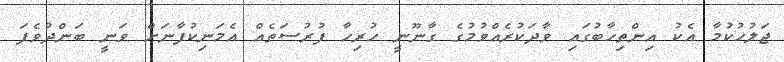
ޖަލުހުކުމާ އެކު އިންތިހާބުގައި ވާދަކުރެއްވުމުގެ ގާނޫނީ ހުރިހާ ފުރުސަތެއް އެމަނިކުފާނަށް ވަނީ ބަންދުވެފަ